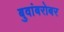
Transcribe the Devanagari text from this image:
बुवांबरोबर